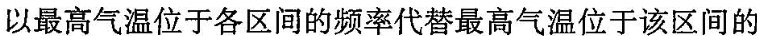
以最高气温位于各区间的频率代替最高气温位于该区间的